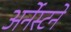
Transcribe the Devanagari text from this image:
अर्नेस्टने